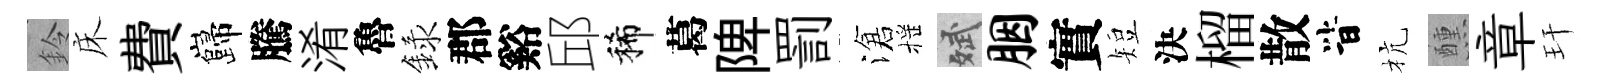
鈴床費巋騰淆魯録郡谿邱稀葛陴罰滄摇斌胭實短決榴散𣅜杭醺章玕